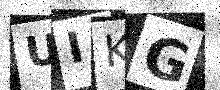
Text: UIKG